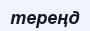
тереңд